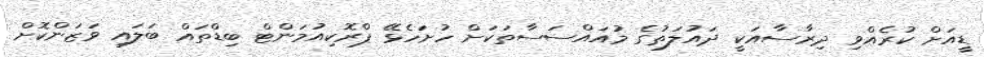
ޑީއަށް ކުރެއްވި ދިރާސާއަކީ ދައުލަތުގެ މުއައްސަސާތަކަށް ހުށަހެޅޭ ޕްރޮކިއުމަންޓް ބިޑްތައް ބަލައި ވަޒަންކޮށް